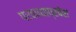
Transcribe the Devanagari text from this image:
परकायाप्रवेश